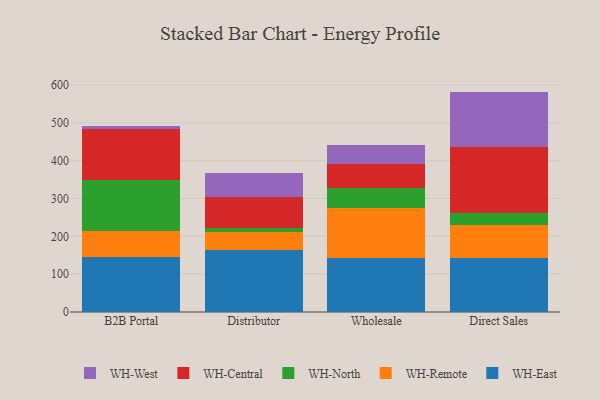
{"axis": {"x": "Channel", "y": "Tickets Resolved"}, "legend": ["WH-Central", "WH-East", "WH-North", "WH-Remote", "WH-West"], "data": [{"x": "B2B Portal", "y": 146.3, "type": "WH-East"}, {"x": "B2B Portal", "y": 68.0, "type": "WH-Remote"}, {"x": "B2B Portal", "y": 135.0, "type": "WH-North"}, {"x": "B2B Portal", "y": 133.9, "type": "WH-Central"}, {"x": "B2B Portal", "y": 9.2, "type": "WH-West"}, {"x": "Distributor", "y": 163.0, "type": "WH-East"}, {"x": "Distributor", "y": 48.9, "type": "WH-Remote"}, {"x": "Distributor", "y": 11.0, "type": "WH-North"}, {"x": "Distributor", "y": 80.0, "type": "WH-Central"}, {"x": "Distributor", "y": 64.2, "type": "WH-West"}, {"x": "Wholesale", "y": 142.0, "type": "WH-East"}, {"x": "Wholesale", "y": 132.3, "type": "WH-Remote"}, {"x": "Wholesale", "y": 52.3, "type": "WH-North"}, {"x": "Wholesale", "y": 63.3, "type": "WH-Central"}, {"x": "Wholesale", "y": 52.6, "type": "WH-West"}, {"x": "Direct Sales", "y": 142.8, "type": "WH-East"}, {"x": "Direct Sales", "y": 87.9, "type": "WH-Remote"}, {"x": "Direct Sales", "y": 30.2, "type": "WH-North"}, {"x": "Direct Sales", "y": 174.1, "type": "WH-Central"}, {"x": "Direct Sales", "y": 147.4, "type": "WH-West"}]}